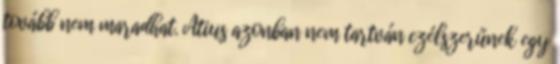
tovább nem maradhat. Atius azonban nem tartván czélszerűnek egy